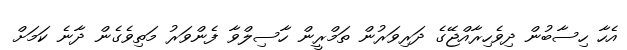
އެހާ ހިސާބުން ދިވެހިރާއްޖޭގެ ދަރިވަރުން ތަމްރީން ހާސިލްވާ ފެންވަރު މަތިވެގެން ދާނެ ކަމަށް